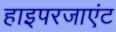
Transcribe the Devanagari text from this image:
हाइपरजाएंट